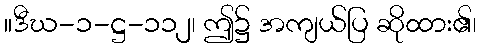
။ဒီဃ-၁-ဋ္ဌ-၁၁၂၊ ဤ၌ အကျယ်ပြ ဆိုထား၏၊